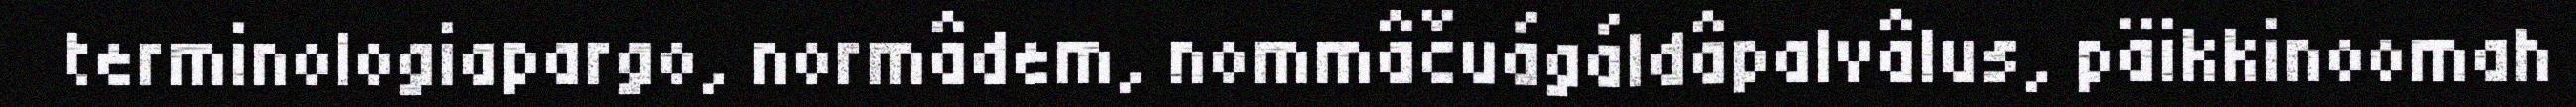
terminologiapargo, normâdem, nommâčuágáldâpalvâlus, päikkinoomah